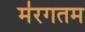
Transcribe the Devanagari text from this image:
म॑रगतम